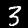
Digit: 3